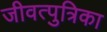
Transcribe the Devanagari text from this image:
जीवत्पुत्रिका